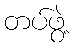
တပ်ဖွဲ့